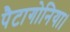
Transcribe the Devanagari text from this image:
पैटागोनिया।